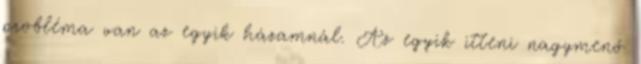
probléma van az egyik házamnál. Az egyik itteni nagymenő